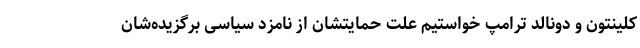
کلینتون و دونالد ترامپ خواستیم علت حمایتشان از نامزد سیاسی برگزیده‌شان